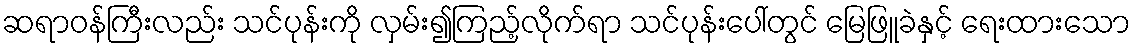
ဆရာဝန်ကြီးလည်း သင်ပုန်းကို လှမ်း၍ကြည့်လိုက်ရာ သင်ပုန်းပေါ်တွင် မြေဖြူခဲနှင့် ရေးထားသော